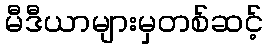
မီဒီယာများမှတစ်ဆင့်